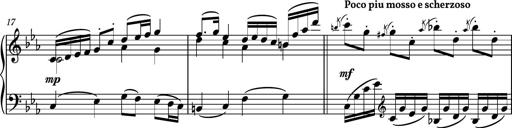
Title: Piano Sonatina No.8
Composer: Dimitri Sykias
Key: F major